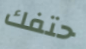
حتفك